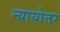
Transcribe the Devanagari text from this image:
न्यायोत्तर